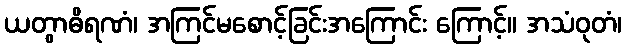
ယတွာဓိရဏံ၊ အကြင်မစောင့်ခြင်းအကြောင်း ကြောင့်။ အသံဝုတံ၊